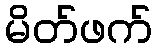
မိတ်ဖက်